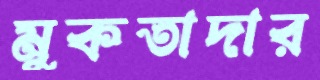
মুকতাদার